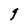
Character: 9